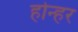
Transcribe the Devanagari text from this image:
होन्हर